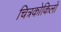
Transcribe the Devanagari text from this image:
चित्रकोकिलों